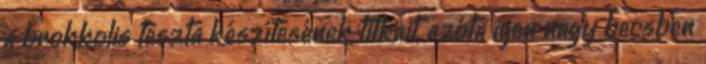
a brokkolis tészta készítésének titkait, azóta igen nagy becsben